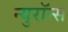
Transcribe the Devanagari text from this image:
न्युरॉन्स